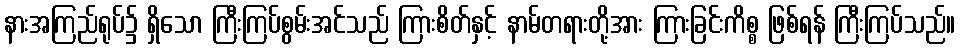
နားအကြည်ရုပ်၌ ရှိသော ကြီးကြပ်စွမ်းအင်သည် ကြားစိတ်နှင့် နာမ်တရားတို့အား ကြားခြင်းကိစ္စ ဖြစ်ရန် ကြီးကြပ်သည်။